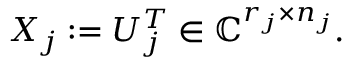
\begin{array} { r } { X _ { j } : = U _ { j } ^ { T } \in \mathbb { C } ^ { r _ { j } \times n _ { j } } . } \end{array}